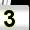
Digit: 3